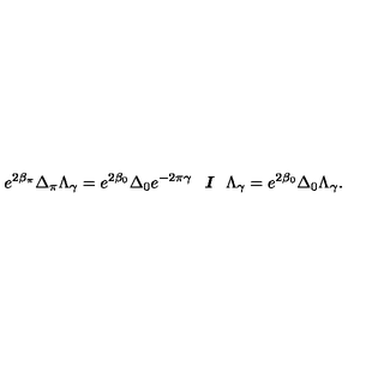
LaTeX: e ^ { 2 \beta _ { \pi } } \Delta _ { \pi } \Lambda _ { \gamma } = e ^ { 2 \beta _ { 0 } } \Delta _ { 0 } e ^ { - 2 \pi \gamma } \textit { \textbf { I } } \Lambda _ { \gamma } = e ^ { 2 \beta _ { 0 } } \Delta _ { 0 } \Lambda _ { \gamma } .